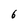
Character: 6